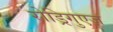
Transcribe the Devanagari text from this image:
रोड्रिगुएज़